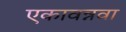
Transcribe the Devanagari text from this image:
एकावन्नवा